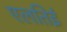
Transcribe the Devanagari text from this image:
एलतिई